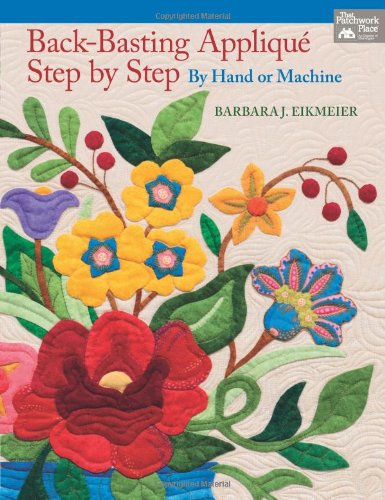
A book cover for Back-Basting AppliquÃ©, Step by Step: By Hand or Machine; Barbara J. Eikmeier; Crafts, Hobbies & Home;